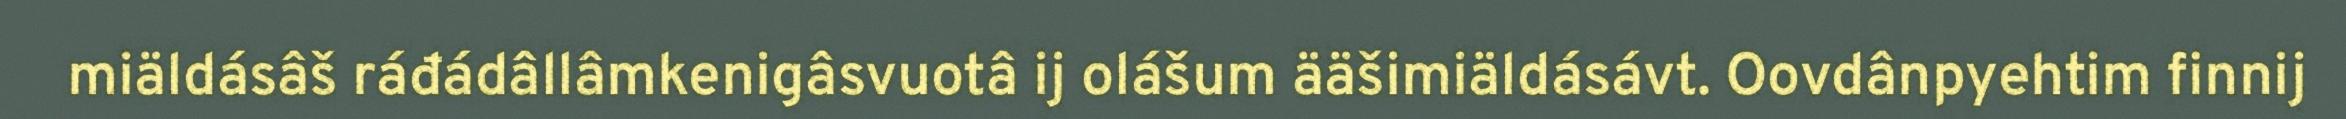
miäldásâš ráđádâllâmkenigâsvuotâ ij olášum ääšimiäldásávt. Oovdânpyehtim finnij